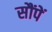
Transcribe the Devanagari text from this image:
सौंपें